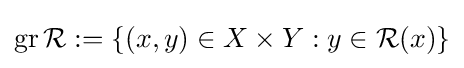
\operatorname {gr} {\mathcal {R}}:=\{(x,y)\in X\times Y:y\in {\mathcal {R}}(x)\}